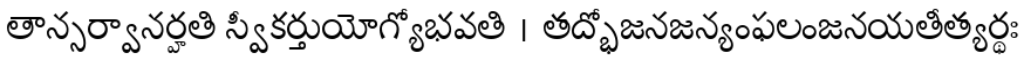
తాన్సర్వానర్హతి స్వీకర్తుయోగ్యోభవతి । తద్భోజనజన్యంఫలంజనయతీత్యర్థః